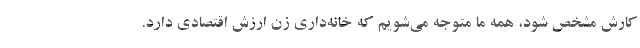
کارش مشخص شود، همه ما متوجه می‌شویم که خانه‌داری زن ارزش اقتصادی دارد.